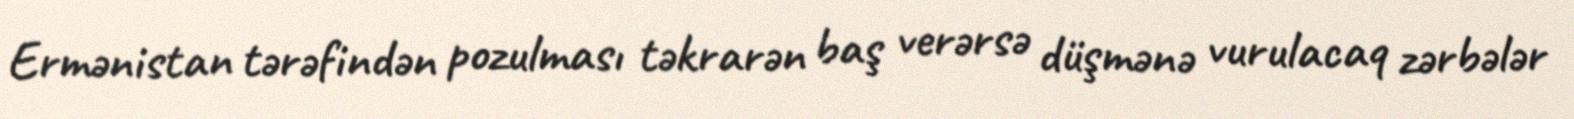
Ermənistan tərəfindən pozulması təkrarən baş verərsə düşmənə vurulacaq zərbələr